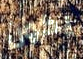
يكون